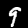
Digit: 9